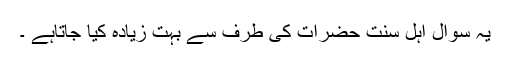
یہ سوال اہل سنت حضرات کی طرف سے بہت زیادہ کیا جاتاہے ۔